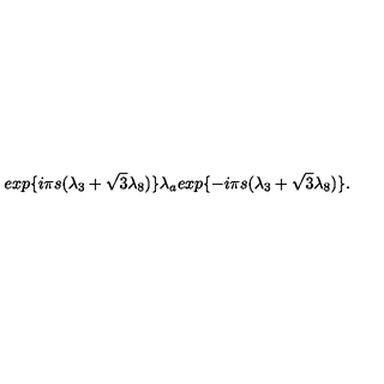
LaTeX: e x p \{ { i { \pi } s ( { \lambda } _ { 3 } + { \sqrt { 3 } } { \lambda } _ { 8 } ) } \} { \lambda } _ { a } e x p \{ { - i { \pi } s ( { \lambda } _ { 3 } + { \sqrt { 3 } } { \lambda } _ { 8 } ) } \} .